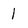
Character: 1